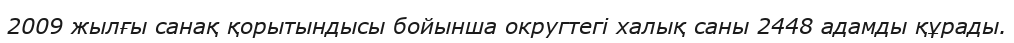
2009 жылғы санақ қорытындысы бойынша округтегі халық саны 2448 адамды құрады.